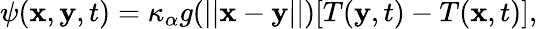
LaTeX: \begin{array}{r}{\psi(\mathbf x,\mathbf y,t)=\kappa_{\alpha}g(||\mathbf x-\mathbf y||)[T(\mathbf y,t)-T(\mathbf x,t)],}\end{array}